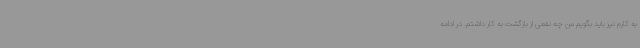
به کارم نیز باید بگویم من چه نفعی از بازگشت به کار داشتم. در ادامه